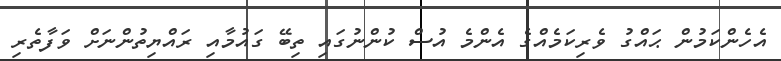
އެހެންކަމުން ޙައްގު ވެރިކަމެއްގެ އެންމެ އުސް ކުންނުގައި ތިބޭ ގައުމާއި ރައްޔިތުންނަށް ވަފާތެރި